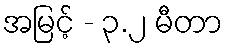
အမြင့် - ၃.၂ မီတာ